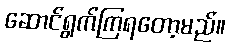
ဆောင်ရွက်ကြရတော့မည်။